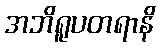
အဘိရူပတရာနိ